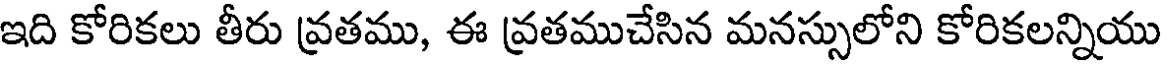
ఇది కోరికలు తీరు వ్రతము, ఈ వ్రతముచేసిన మనస్సులోని కోరికలన్నియు